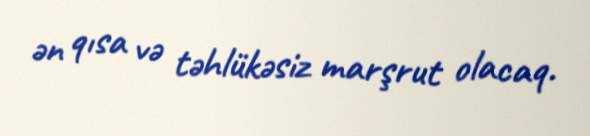
ən qısa və təhlükəsiz marşrut olacaq.